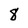
Character: 8